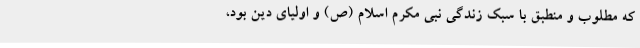
که مطلوب و منطبق با سبک زندگی نبی مکرم اسلام (ص) و اولیای دین بود،